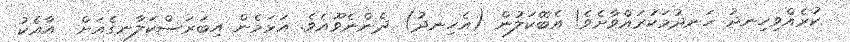
ކުރެއްވިހިނދު ހަނދުމަކުރައްވާށެވެ! އެބޭކަލުން (އެހިނދު) ދެންނެވޫއެވެ. އަޅަމެން އިބަރަސްކަލާނގެއަށް  އާއެކު